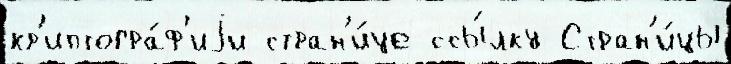
кр'иптогра́ф'иjи стран'и́це ссы́лку Стран'и́цы